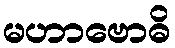
မဟာဗောဓိ